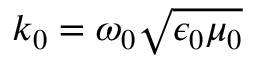
k _ { 0 } = \omega _ { 0 } \sqrt { \epsilon _ { 0 } \mu _ { 0 } }